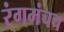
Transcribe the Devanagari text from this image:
रंगमंचच